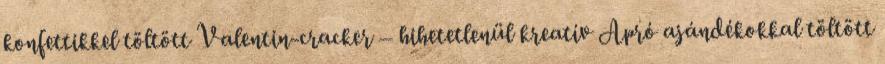
konfettikkel töltött Valentin-cracker – hihetetlenül kreatív Apró ajándékokkal töltött